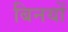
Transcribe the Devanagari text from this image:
बिनयों